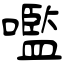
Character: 嚂